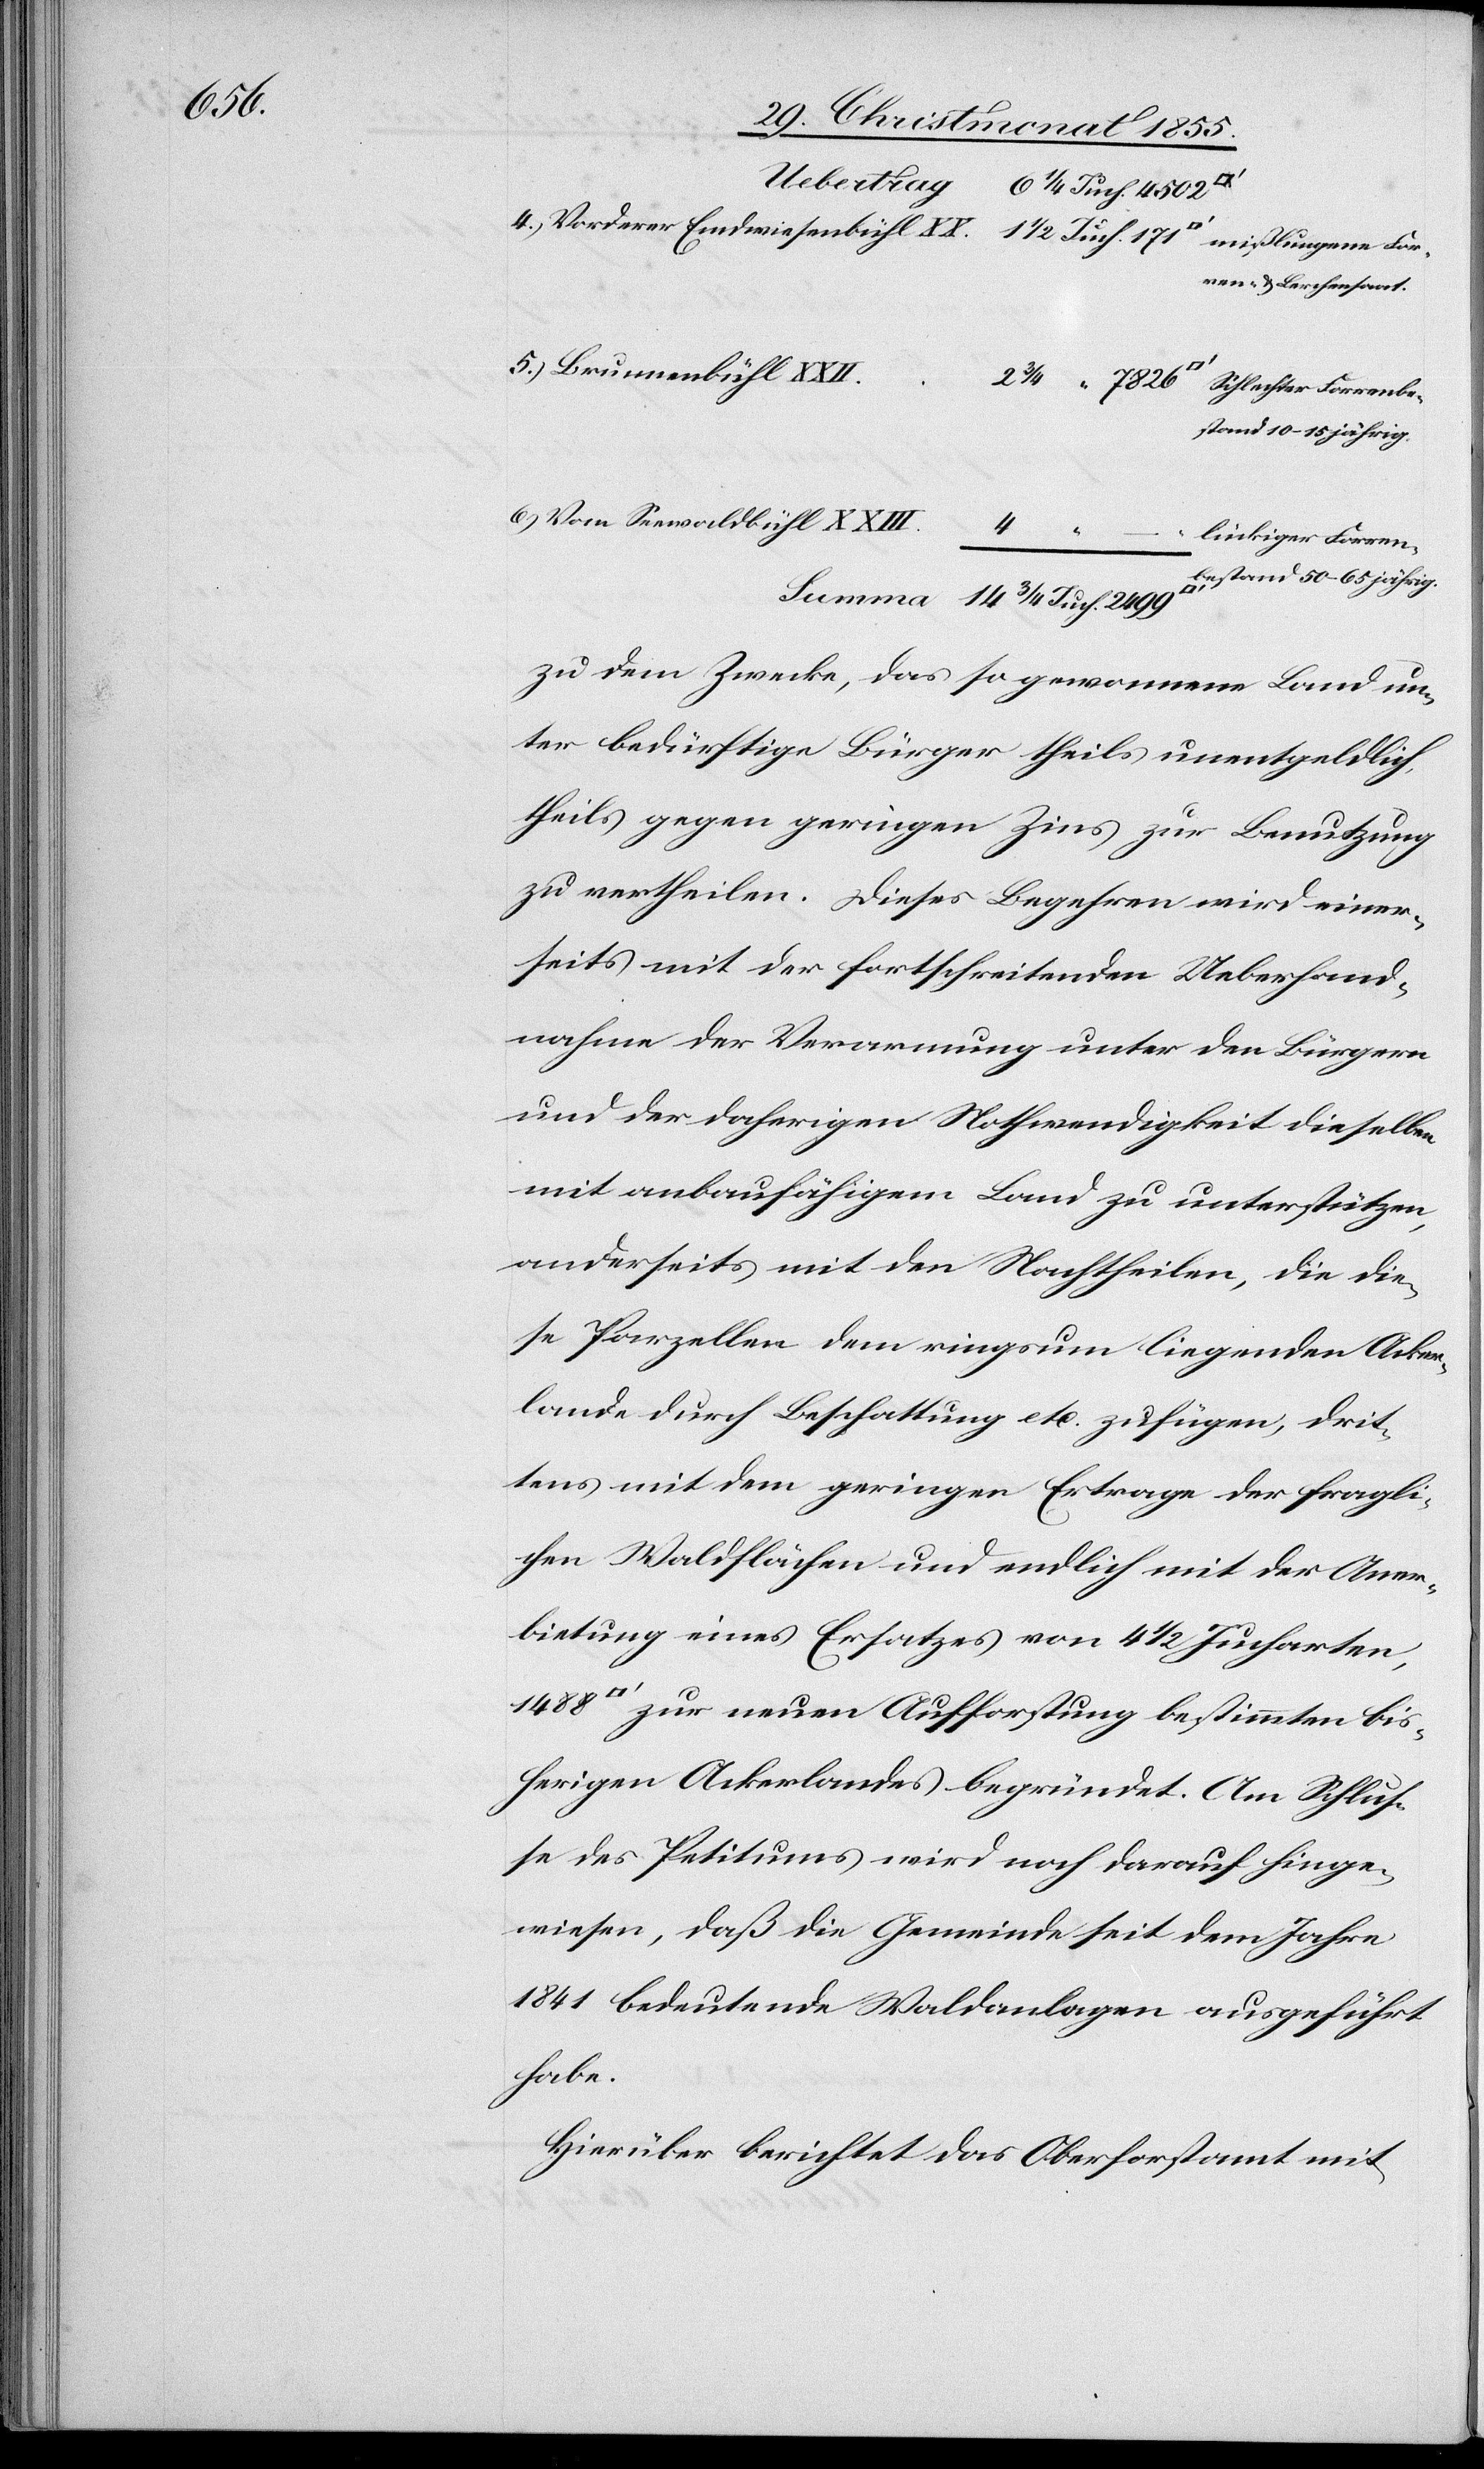
171.

ren- & Lerchensaat.
estand 50–65 jährig.
Vom Seewaldbühl XXIII.
14
1488 [Quadratf¬
lückiger Forrenb¬
zu dem Zwecke, das so gewonnene Land un¬
ter bedürftige Bürger theils unentgeldlich,
theils gegen geringen Zins zur Benutzung
zu vertheilen. Dieses Begehren wird einer¬
seits mit der fortschreitenden Ueberhand¬
nahme der Verarmung unter den Bürgern
und der daherigen Nothwendigkeit dieselben
mit anbaufähigem Land zu unterstützen,
anderseits mit den Nachtheilen, die die¬
se Parzellen dem ringsum liegenden Acker¬
lande durch Beschattung etc. zufügen, drit¬
tens mit dem geringen Ertrage der fragli¬
chen Waldflächen und endlich mit der Aner¬
bietung eines Ersatzes von 4 1/2 Jucharten,
uß] zur neuen Aufforstung bestimmten bis¬
herigen Ackerlandes begründet. Am Schlus¬
se des Petitums wird noch darauf hinge¬
wiesen, daß die Gemeinde seit dem Jahre
1841 bedeutende Waldanlagen ausgeführt
habe.
Hierüber berichtet das Oberforstamt mit